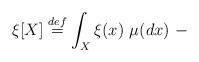
LaTeX: \begin{align*} \xi[X] \stackrel{def}{=} \int_X \xi(x) \ \mu(dx) \ -\end{align*}